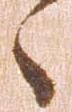
之